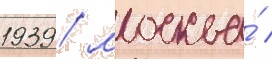
1939 / москва́ /